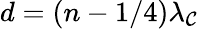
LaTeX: d=(n-1/4)\lambda_{\mathcal{C}}